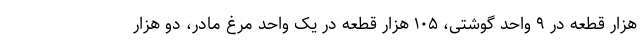
هزار قطعه در ۹ واحد گوشتی، ۱۰۵ هزار قطعه در یک واحد مرغ مادر، دو هزار